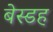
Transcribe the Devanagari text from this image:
बेस्डह